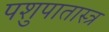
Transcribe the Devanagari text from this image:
पशुपातास्त्र